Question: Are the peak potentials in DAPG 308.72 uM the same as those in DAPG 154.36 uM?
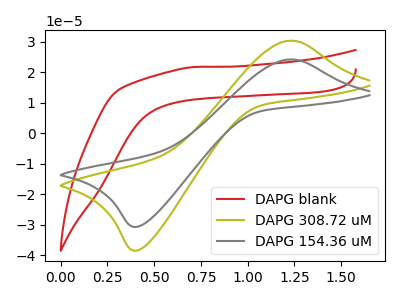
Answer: <think>The red curve "DAPG blank" has no peaks. The olive curve "DAPG 308.72 uM" has an anodic peak at (1.20V, 30.35uA) and a cathodic peak at (0.40V, -38.45uA). The gray curve "DAPG 154.36 uM" has an anodic peak at (1.20V, 24.20uA) and a cathodic peak at (0.40V, -30.65uA).</think>
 <answer>Yes, "DAPG 308.72 uM" have a peak in "DAPG 154.36 uM" at the same potential.</answer>
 <eval>match</eval>